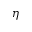
\eta